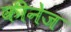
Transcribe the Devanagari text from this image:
कीनेज